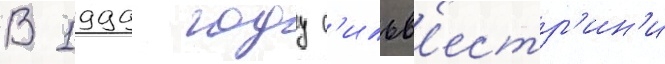
В 1999 году с'ильв'естр'ин'и